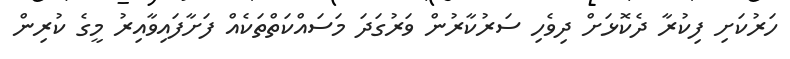
ހަރުކަށި ފިކުރާ ދެކޮޅަށް ދިވެހި ސަރުކާރުން ވަރުގަދަ މަސައްކަތްތަކެއް ފަށާފައިވާއިރު މީގެ ކުރިން